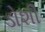
ડોશી